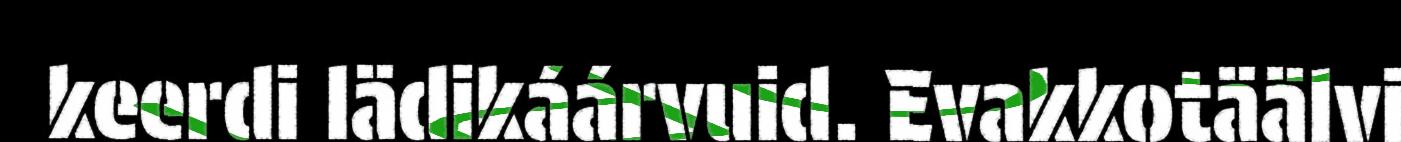
keerdi lädikáárvuid. Evakkotäälvi